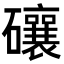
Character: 𥗝